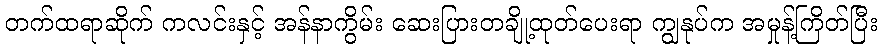
တက်ထရာဆိုက် ကလင်းနှင့် အန်နာကွိမ်း ဆေးပြားတချို့ထုတ်ပေးရာ ကျွနုပ်က အမှုန့်ကြိတ်ပြီး